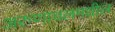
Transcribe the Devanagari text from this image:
अरुणाचलमधील